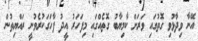
އޭނާ ވިދާޅުވި ގޮތުގައި ވަރަށް ކާމިޔާބު ގޮތެއްގައި މިފަހަރު އީދު ފާހަގަކުރެވުނީ ރައްޔިތުން